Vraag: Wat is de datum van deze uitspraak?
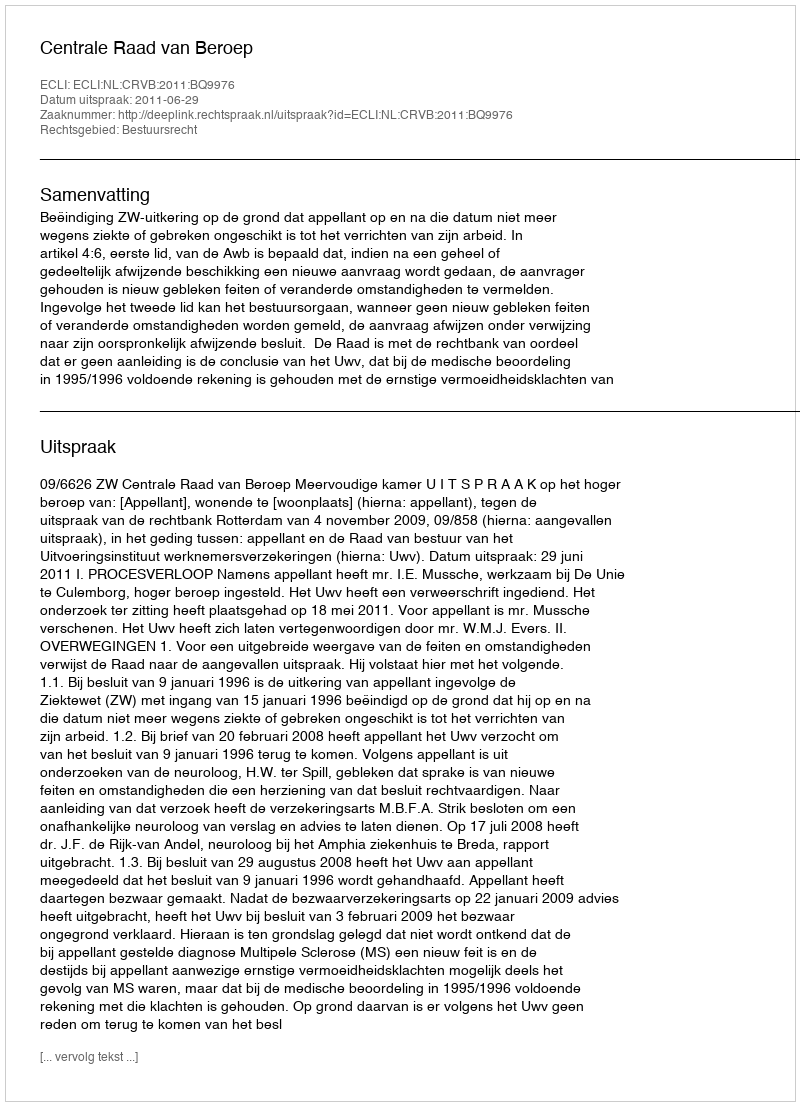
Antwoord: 2011-06-29